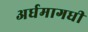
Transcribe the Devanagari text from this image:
अर्घमागधी